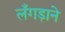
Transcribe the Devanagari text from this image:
लँगड़ाने